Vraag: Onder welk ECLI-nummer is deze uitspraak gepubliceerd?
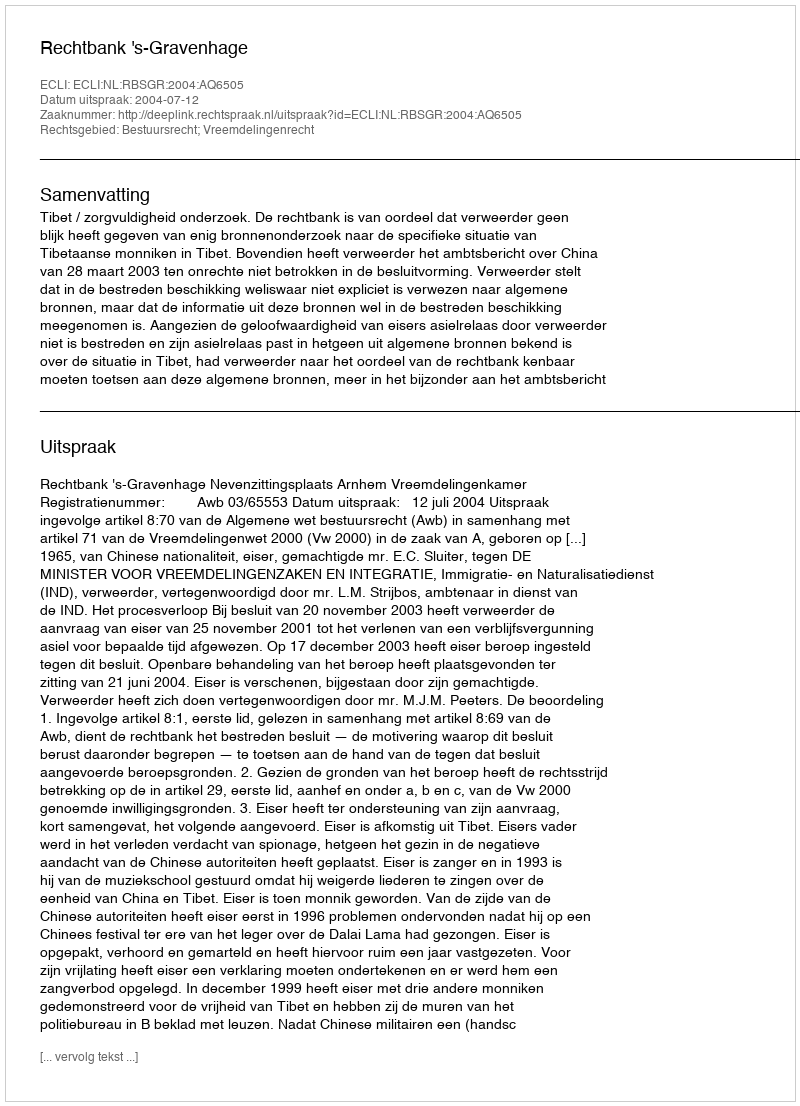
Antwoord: ECLI:NL:RBSGR:2004:AQ6505